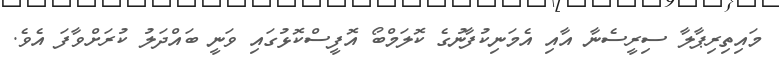
މައިތިރިޕާލާ ސިރީސެނާ އާއި އެމަނިކުފާނުގެ ކޮލަމްބޯ އޮފީސްކޮޅުގައި ވަނީ ބައްދަލު ކުރަށްވާފަ އެވެ.